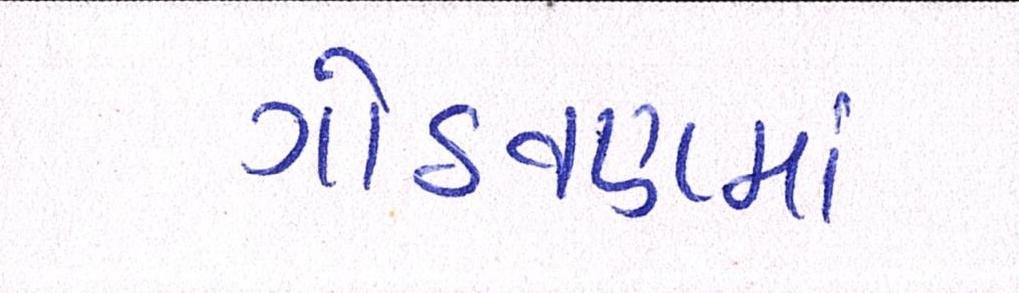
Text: ગોઠવણમાં